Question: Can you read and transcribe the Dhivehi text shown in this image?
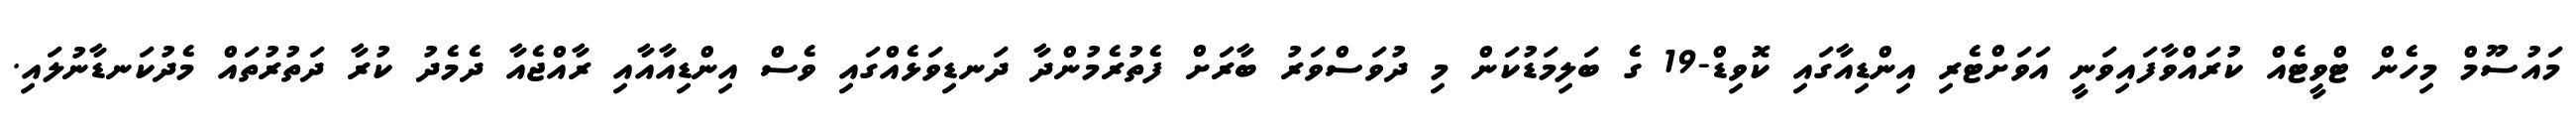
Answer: މައުސޫމް މިހެން ޓްވީޓެއް ކުރައްވާފައިވަނީ އަވަށްޓެރި އިންޑިއާގައި ކޮވިޑް-19 ގެ ބަލިމަޑުކަން މި ދުވަސްވަރު ބާރަށް ފެތުރެމުންދާ ދަނޑިވަޅެއްގައި ވެސް އިންޑިއާއާއި ރާއްޖެއާ ދެމެދު ކުރާ ދަތުރުތައް މެދުކަނޑާނުލައި.